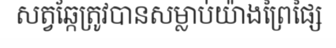
សត្វឆ្កែត្រូវបានសម្លាប់យ៉ាងព្រៃផ្សៃ